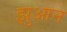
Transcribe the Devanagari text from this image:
झुआन